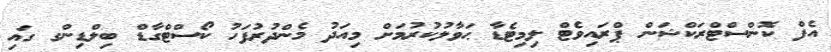
އެފް ކޮންސްޓްރަކްޝަން ޕްރައިވެޓް ލިމިޓެޑާ ޙަވާލުކުރުމަށް މިއަދު މެންދުރުފަހު ކޯސްޓްގާޑް ބިލްޑިންގ ގައި